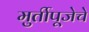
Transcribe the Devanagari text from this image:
मुर्तीपूजेचे